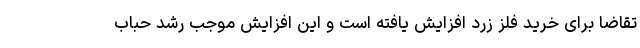
تقاضا برای خرید فلز زرد افزایش یافته است و این افزایش موجب رشد حباب